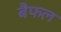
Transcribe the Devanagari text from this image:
बैफल